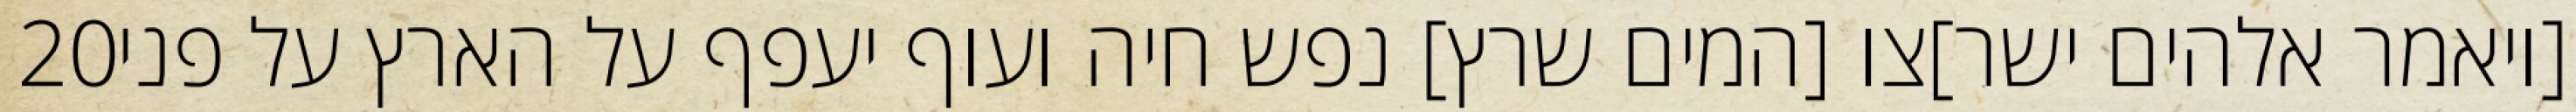
‎20‏ [ויאמר אלהים ישר]צו [המים שרץ] נפש חיה ועוף יעפף על הארץ על פני